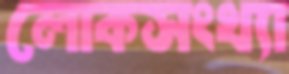
লোকসংখ্যা